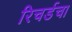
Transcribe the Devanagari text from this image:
रिचर्डचा